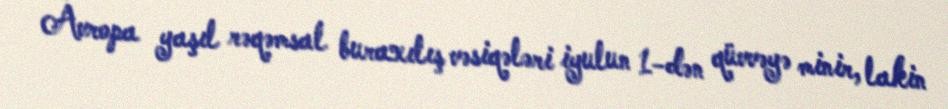
Avropa yaşıl rəqəmsal buraxılış vəsiqələri iyulun 1-dən qüvvəyə minir, lakin